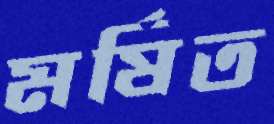
মর্ষিত